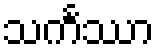
သင်္ကဿာ